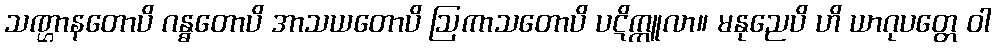
သဏ္ဌာနတောပိ ဂန္ဓတောပိ အာသယတောပိ ဩကာသတောပိ ပဋိက္ကူလာ။ မနုညေပိ ဟိ ယာဂုပတ္တေ ဝါ